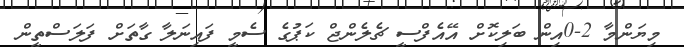
މިޔަންމާ 2-0އިން ބަލިކޮށް އޭއެފްސީ ޗެލެންޖް ކަޕުގެ ސެމީ ފައިނަލާ ގާތަށް ފަލަސްތީން